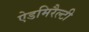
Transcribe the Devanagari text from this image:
ऐडमिरैल्टी